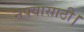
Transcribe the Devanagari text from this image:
नफ्यासाठी।